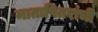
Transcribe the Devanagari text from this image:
मातापितरांची